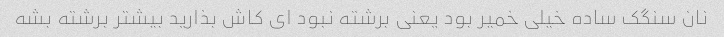
نان سنگک ساده خیلی خمیر بود یعنی برشته نبود ای کاش بذارید بیشتر برشته بشه